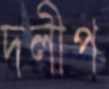
দলীপ